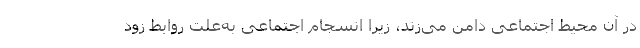
در آن محیط اجتماعی دامن می‌زند، زیرا انسجام اجتماعی به‌علت روابط زود